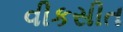
વીકસીત